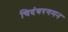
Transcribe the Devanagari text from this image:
चिदंबरगमन